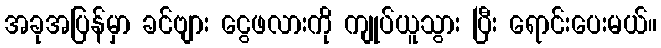
အခုအပြန်မှာ ခင်ဗျား ငွေဖလားကို ကျုပ်ယူသွား ပြီး ရောင်းပေးမယ်။